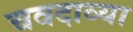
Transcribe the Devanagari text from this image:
चवदाव्या